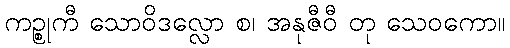
ကဉ္စုကီ သောဝိဒလ္လော စ၊ အနုဇီဝီ တု သေဝကော။